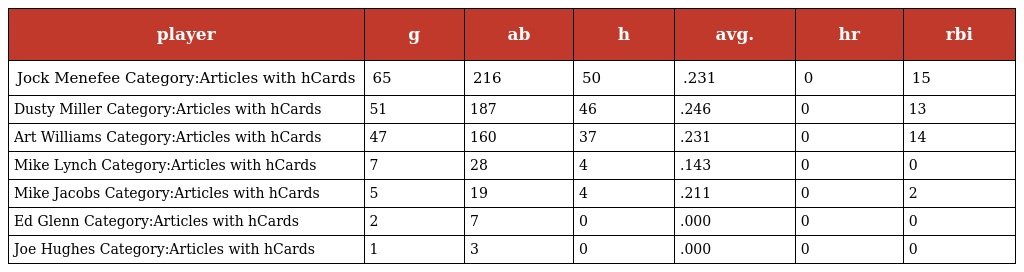
| player | g | ab | h | avg. | hr | rbi |
 | --- | --- | --- | --- | --- | --- | --- |
 | Jock Menefee Category:Articles with hCards | 65 | 216 | 50 | .231 | 0 | 15 |
 | Dusty Miller Category:Articles with hCards | 51 | 187 | 46 | .246 | 0 | 13 |
 | Art Williams Category:Articles with hCards | 47 | 160 | 37 | .231 | 0 | 14 |
 | Mike Lynch Category:Articles with hCards | 7 | 28 | 4 | .143 | 0 | 0 |
 | Mike Jacobs Category:Articles with hCards | 5 | 19 | 4 | .211 | 0 | 2 |
 | Ed Glenn Category:Articles with hCards | 2 | 7 | 0 | .000 | 0 | 0 |
 | Joe Hughes Category:Articles with hCards | 1 | 3 | 0 | .000 | 0 | 0 |